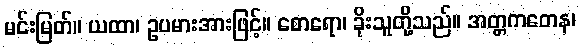
မင်းမြတ်။ ယထာ၊ ဥပမားအားဖြင့်။ စောရော၊ ခိုးသူတို့သည်။ အတ္တကတေန၊